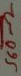
Text: 560Ω